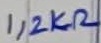
Text: 1,2KΩ